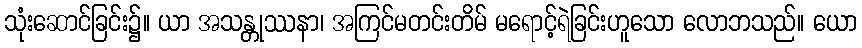
သုံးဆောင်ခြင်း၌။ ယာ အသန္တုဿနာ၊ အကြင်မတင်းတိမ် မရောင့်ရဲခြင်းဟူသော လောဘသည်။ ယော